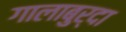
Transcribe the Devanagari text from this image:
गालाबुर्दा